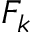
F _ { k }